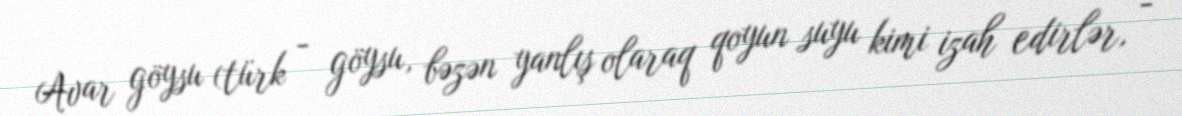
Avar göysu (türk - göysu, bəzən yanlış olaraq qoyun suyu kimi izah edirlər, -